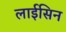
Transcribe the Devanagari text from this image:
लाईसिन